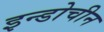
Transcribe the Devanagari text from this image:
इन्डोचीन